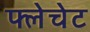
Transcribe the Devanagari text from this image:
फ्लेचेट